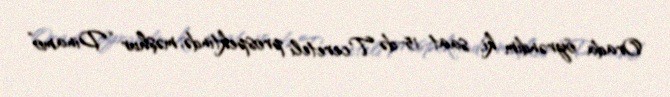
Orada öyrəndim ki, saat 15-də Tcereteli prospektində, məşhur “Dinamo”